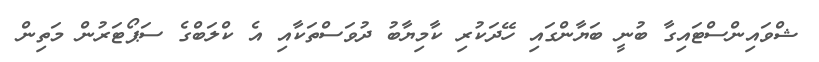
ޝްވައިންސްޓައިގާ ބުނީ ބަޔާންގައި ހޭދަކުރި ކާމިޔާބު ދުވަސްތަކާއި އެ ކްލަބްގެ ސަޕޯޓަރުން މަތިން